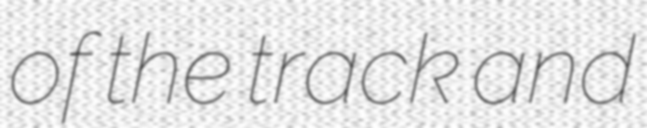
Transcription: of the track and